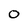
Character: 0